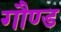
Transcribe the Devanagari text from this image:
गौण्ड